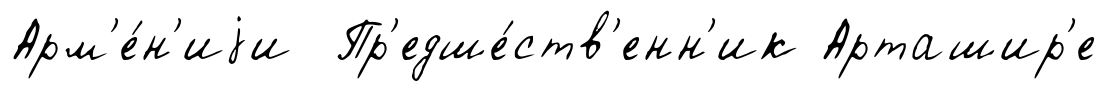
Арм'е́н'иjи Пр'едше́ств'енн'ик Арташир'е